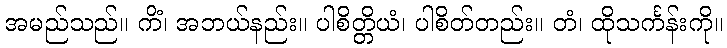
အမည်သည်။ ကိံ၊ အဘယ်နည်း။ ပါစိတ္တိယံ၊ ပါစိတ်တည်း။ တံ၊ ထိုသင်္ကန်းကို။